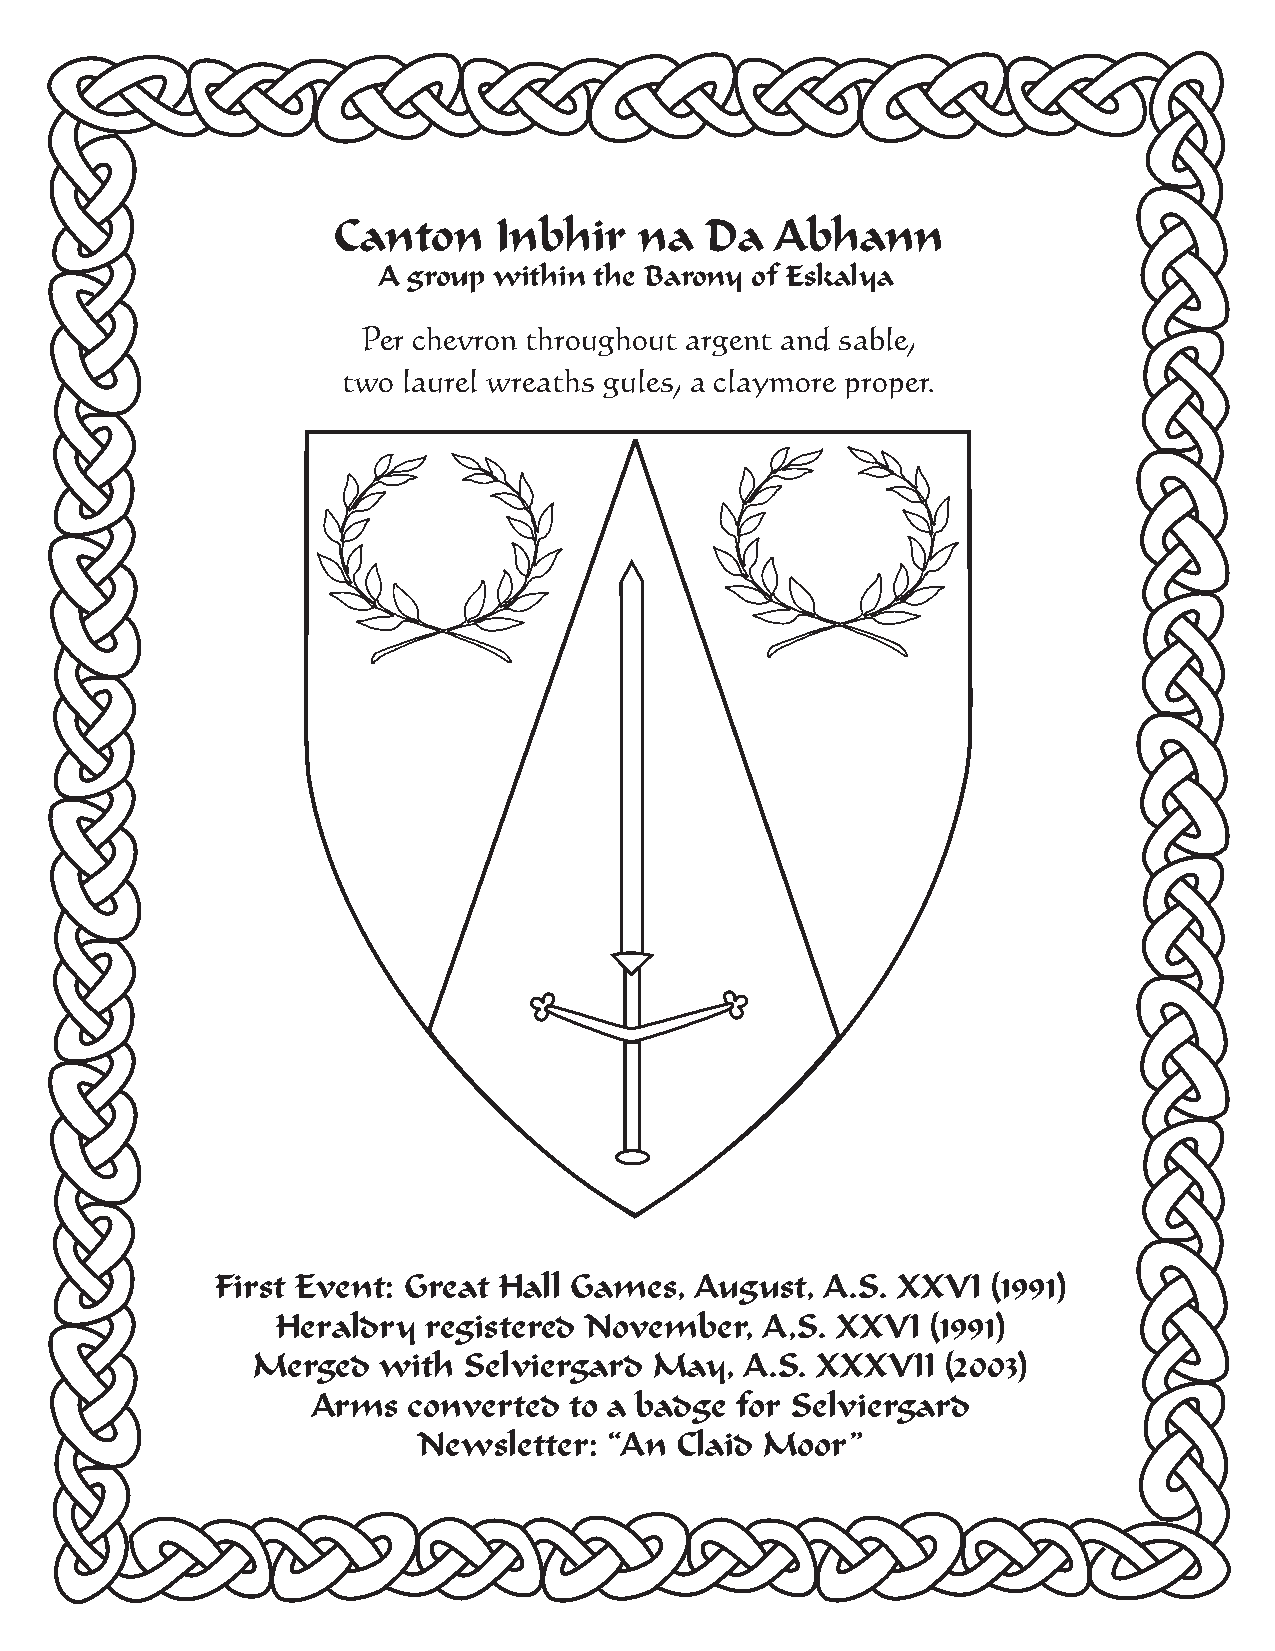
Canton     Inbhir   na   Da  Abhann
 A group within the Barony of Eskalya
 Per chevron throughout argent and sable,
 two laurel wreaths gules, a claymore proper.
 First Event: Great Hall Games,  August,  A.S. XXVI  (1991)
 Heraldry  registered November,   A,S. XXVI (1991)
 Merged  with  Selviergard May,  A.S. XXXVII  (2003)
 Arms  converted  to a badge for Selviergard
 Newsletter: “An  Claid Moor”